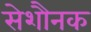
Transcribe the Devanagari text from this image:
सेशौनक